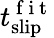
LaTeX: t_{\mathrm{slip}}^{\mathrm{~f~i~t~}}